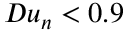
D u _ { n } < 0 . 9